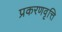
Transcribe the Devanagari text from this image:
प्रकरणवृत्ति